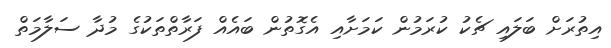
އިތުރަށް ބަލައި ޗެކު ކުރަމުން ކަމަށާއި އެގޮތުން ބައެއް ފަރާތްތަކުގެ މުދާ ސަލާމަތް